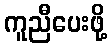
ကူညီပေးဖို့